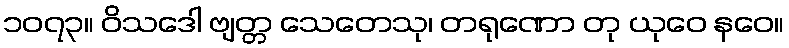
၁၀၇၃။ ဝိသဒေါ ဗျတ္တ သေတေသု၊ တရုဏော တု ယုဝေ နဝေ။